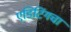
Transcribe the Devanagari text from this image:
एडिटिंगचा